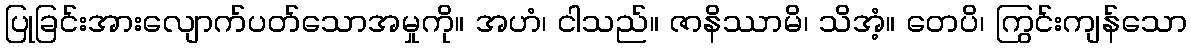
ပြုခြင်းအားလျောက်ပတ်သောအမှုကို။ အဟံ၊ ငါသည်။ ဇာနိဿာမိ၊ သိအံ့။ တေပိ၊ ကြွင်းကျန်သော